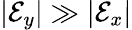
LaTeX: \lvert\mathcal{E}_{y}\rvert\gg\lvert\mathcal{E}_{x}\rvert